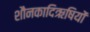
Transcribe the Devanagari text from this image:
शौनकादिऋषियों